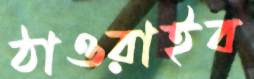
ঠাওরাইব